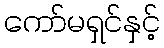
ကော်မရှင်နှင့်